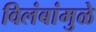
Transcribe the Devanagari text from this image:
विलंबांमुळे